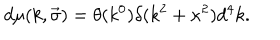
LaTeX: d \mu ( k , \vec { \sigma } ) = \theta ( k ^ { 0 } ) \delta ( k ^ { 2 } + \kappa ^ { 2 } ) d ^ { 4 } k .